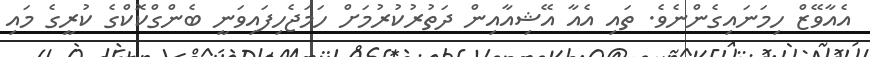
އެއާވޭޒް ހިމަނައިގެންނެވެ. ތައި އެއާ އޭޝިއާއިން ދަތުރުކުރުމަށް ހަމަޖެހިފައިވަނީ ބެންގްކޮކްގެ ކުރީގެ މައި